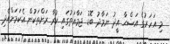
މި އަހަރުގެ އަޟްޙާ އީދު ނަމާދު ބޮޑު ޖަމާއަތުގައި ކުރާ ރަށްތަކުން އެކަމަށްއެދި